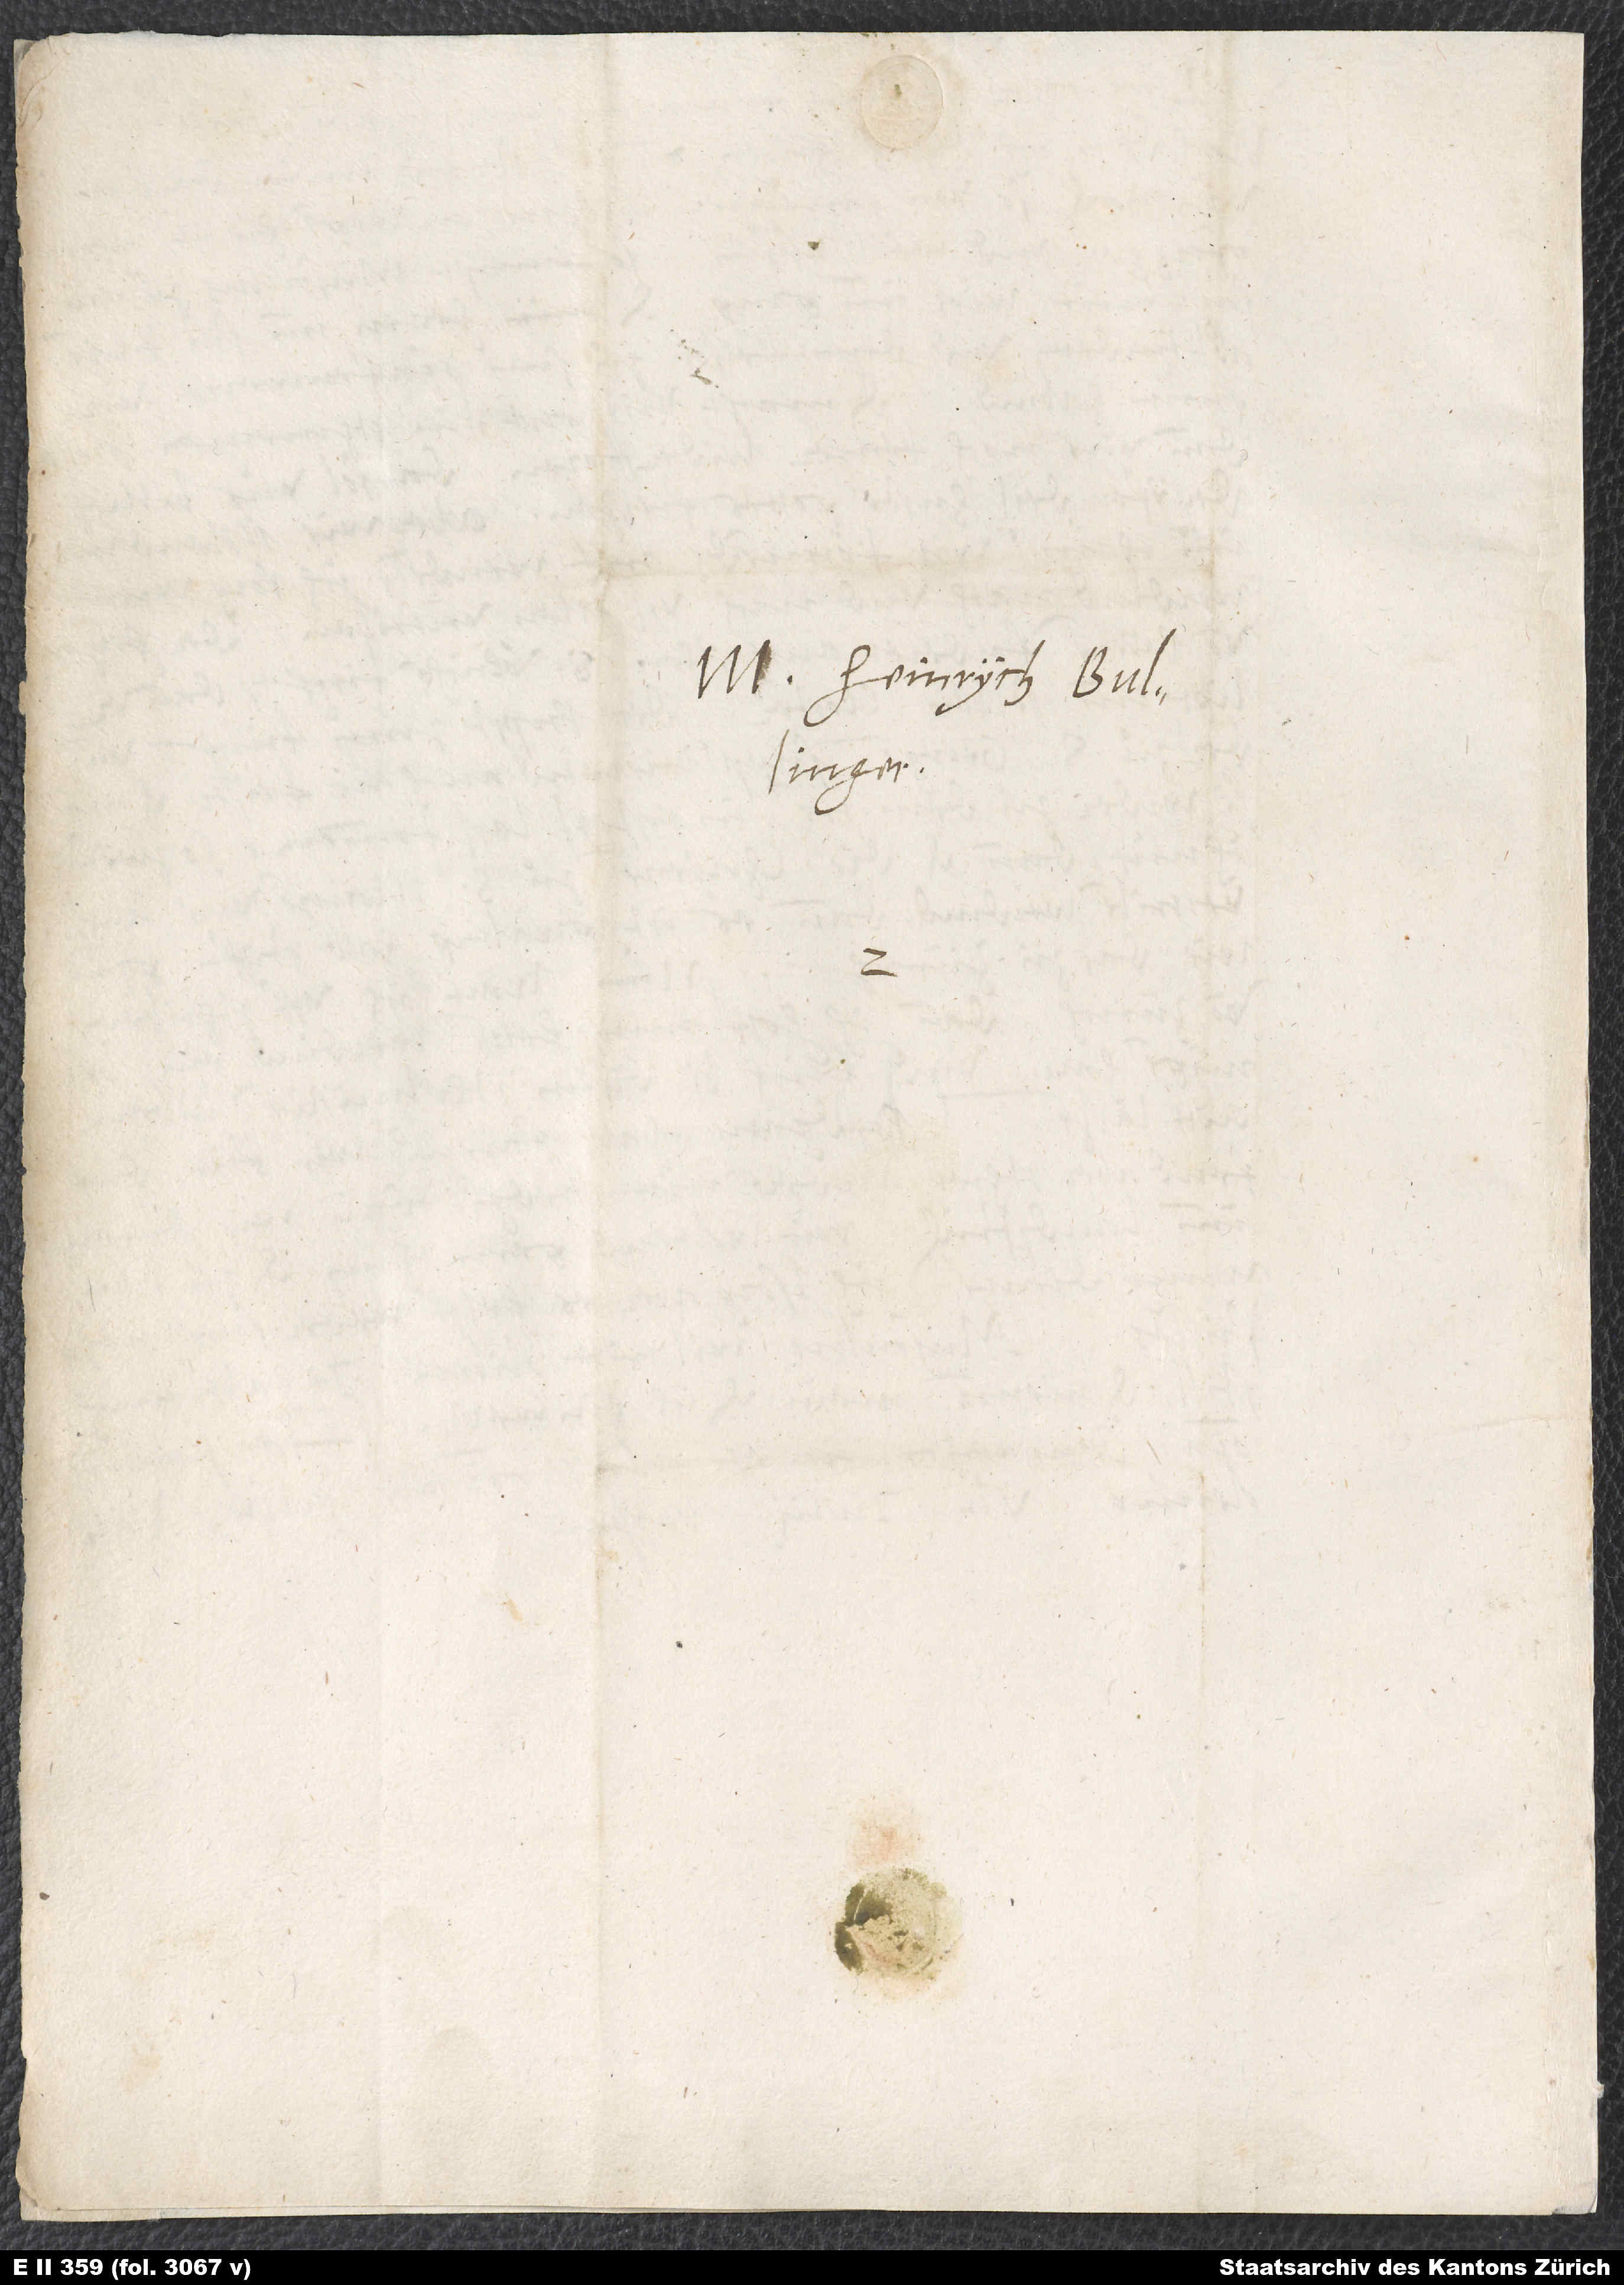
M. Heinrych Bullinger.